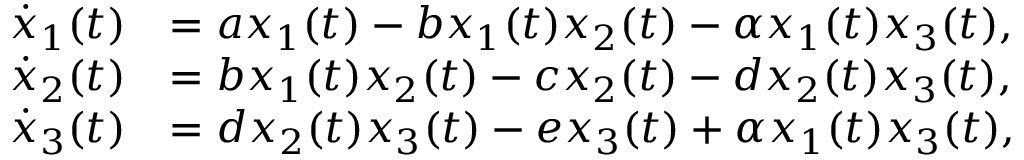
\begin{array} { r l } { \dot { x } _ { 1 } ( t ) } & { = a x _ { 1 } ( t ) - b x _ { 1 } ( t ) x _ { 2 } ( t ) - \alpha x _ { 1 } ( t ) x _ { 3 } ( t ) , } \\ { \dot { x } _ { 2 } ( t ) } & { = b x _ { 1 } ( t ) x _ { 2 } ( t ) - c x _ { 2 } ( t ) - d x _ { 2 } ( t ) x _ { 3 } ( t ) , } \\ { \dot { x } _ { 3 } ( t ) } & { = d x _ { 2 } ( t ) x _ { 3 } ( t ) - e x _ { 3 } ( t ) + \alpha x _ { 1 } ( t ) x _ { 3 } ( t ) , } \end{array}